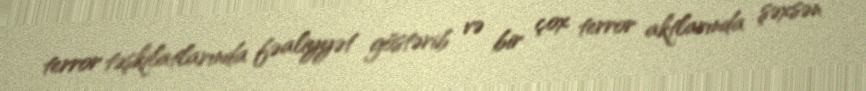
terror təşkilatlarında fəaliyyət göstərib və bir çox terror aktlarında şəxsən